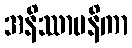
အနိဿာမနိကာ